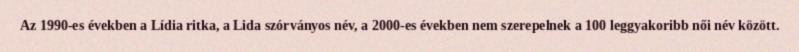
Az 1990-es években a Lídia ritka, a Lida szórványos név, a 2000-es években nem szerepelnek a 100 leggyakoribb női név között.